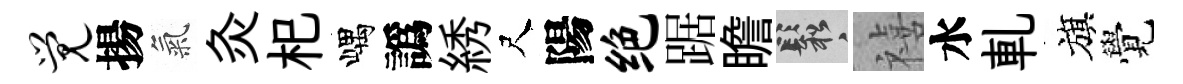
觉揚氣灸𣏌嵎譌綉尺陽绝踞瞻鬆禧水軋旗覺